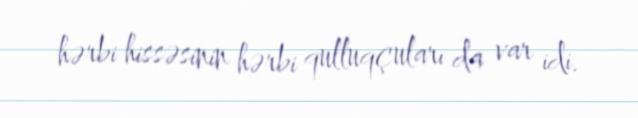
hərbi hissəsinin hərbi qulluqçuları da var idi.